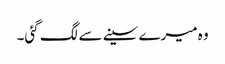
وہ میرے سینے سے لگ گئی۔